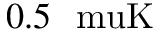
0 . 5 ~ \mathrm { { \ m u K } }